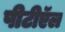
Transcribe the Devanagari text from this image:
पीटीऍल